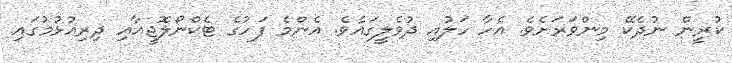
ކުރީން ނުދެކޭ މިންވަރަށެވެ. އެހާ ހަލުއި ދުވެލީގައެވެ. އެންމެ ފަހުގެ ޓެކްނޯލޮޖީއާއި ދިރިއުޅުމުގައި